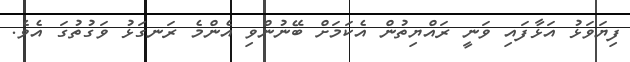
ފިޔަވަޅު އަޅާފައި ވަނީ ރައްޔިތުން އެކަމަށް ބޭނުންވި އެންމެ ރަނގަޅު ވަގުތުގަ އެވެ.